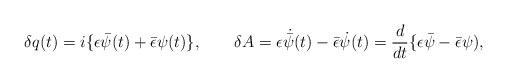
\begin{align*}\delta q(t) = i\{\epsilon \bar{\psi }(t) + \bar{\epsilon }\psi (t)\},\qquad \delta A = \epsilon \dot{\bar\psi}(t) - \bar{\epsilon} \dot{\psi}(t)= {d\over dt}\{\epsilon \bar{\psi } - \bar{\epsilon }\psi ),\end{align*}